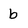
Character: b